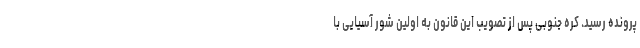
پرونده رسید. کره جنوبی پس از تصویب این قانون به اولین شور آسیایی با